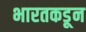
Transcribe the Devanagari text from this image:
भारतकडून